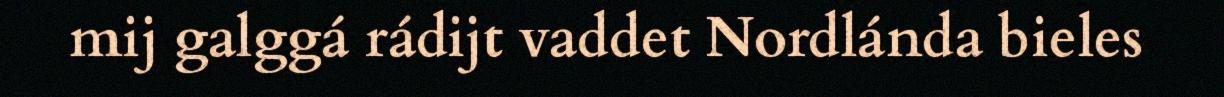
mij galggá rádijt vaddet Nordlánda bieles